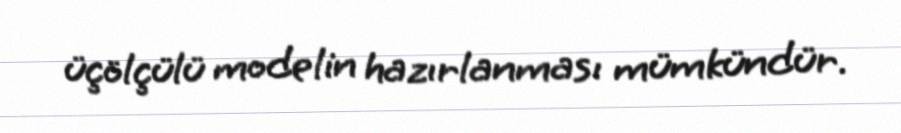
üçölçülü modelin hazırlanması mümkündür.